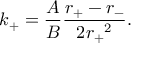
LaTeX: k _ { + } = \frac { A } { B } \frac { r _ { + } - r _ { - } } { 2 { r _ { + } } ^ { 2 } } .